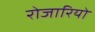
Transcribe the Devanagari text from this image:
रोजारियो